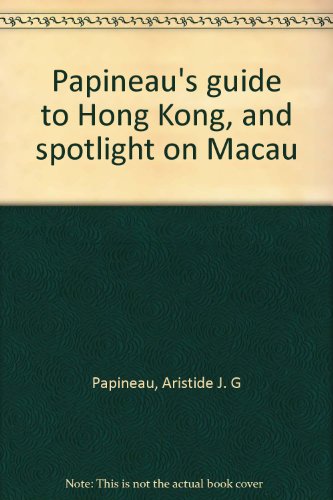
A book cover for Papineau's guide to Hong Kong, and spotlight on Macau; Aristide J. G Papineau; Travel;